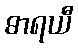
ဓာရယီ